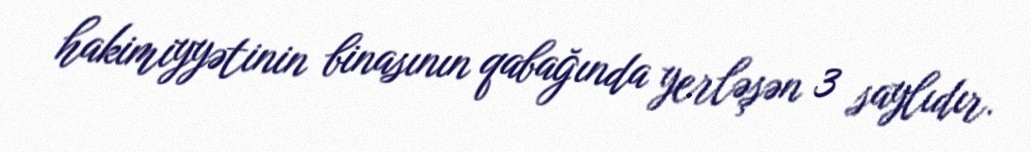
hakimiyyətinin binasının qabağında yerləşən 3 saylıdır.